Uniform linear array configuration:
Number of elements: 48
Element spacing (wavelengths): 0.25
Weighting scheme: cosine
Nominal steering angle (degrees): -15
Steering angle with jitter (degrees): -16.251
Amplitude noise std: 0.05
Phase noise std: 0.05

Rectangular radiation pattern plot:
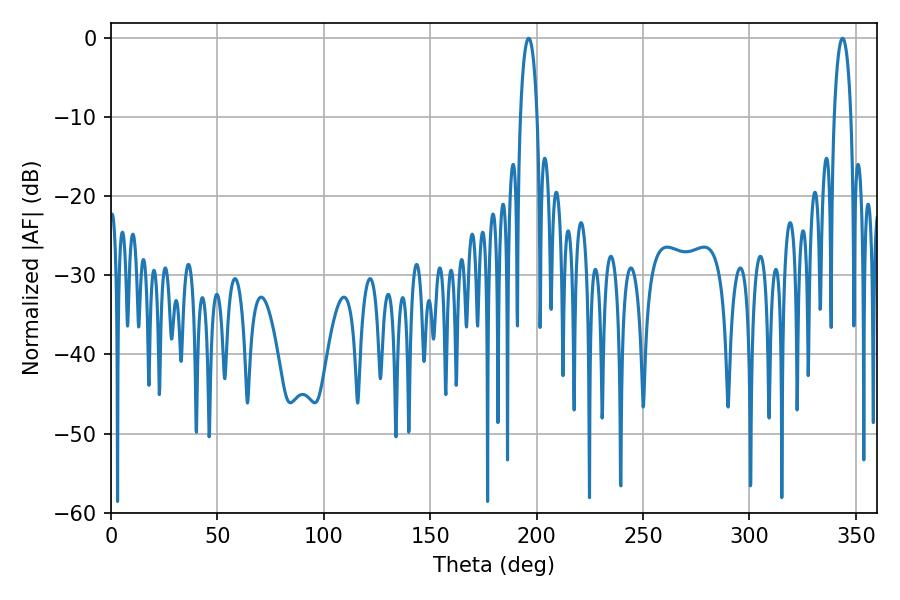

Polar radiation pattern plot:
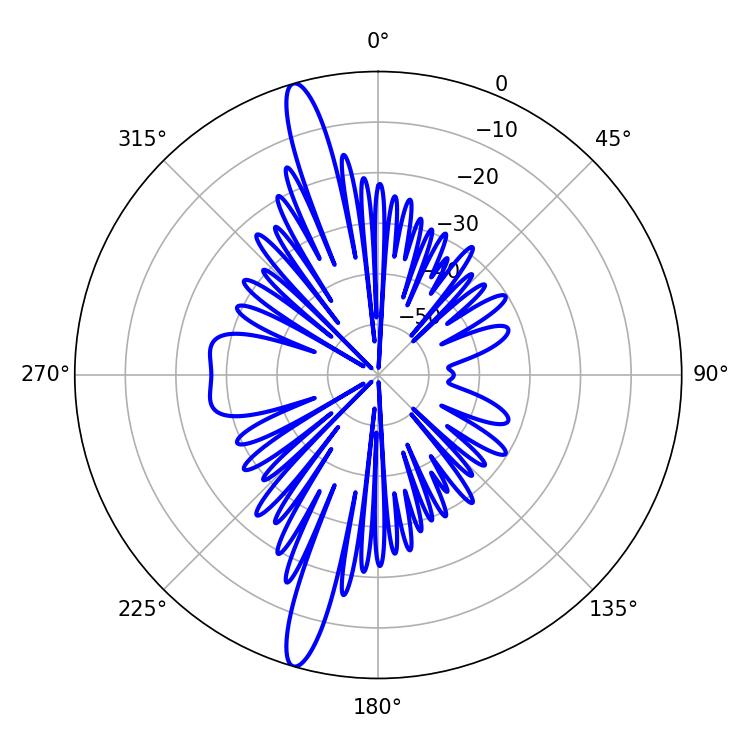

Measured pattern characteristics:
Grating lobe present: FALSE
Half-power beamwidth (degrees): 4.5
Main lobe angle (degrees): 196.2